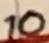
Text: 10